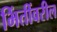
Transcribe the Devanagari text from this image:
भिंतींवरील